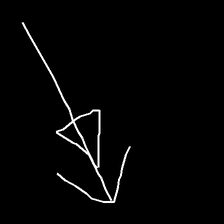
Glyph: pull